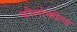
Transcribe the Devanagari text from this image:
फौलोफील्ड